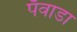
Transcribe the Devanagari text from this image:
पँवाडा